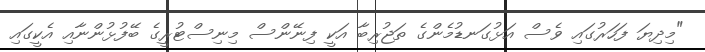
"މިދިޔަ ފަހަރުގައި ވެސް އަޅުގަނޑުމެންގެ ތަޖުރިބާ އަކީ ފިނޭންސް މިނިސްޓުރީގެ ބޭފުޅުންނާއި އެކީގައި